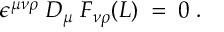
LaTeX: \epsilon ^ { \mu \nu \rho } \; D _ { \mu } \; F _ { \nu \rho } ( L ) \; = \; 0 \; .